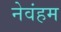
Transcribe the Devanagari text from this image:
नेवंहम